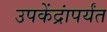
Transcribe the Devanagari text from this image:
उपकेंद्रांपर्यंत